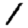
Digit: 1